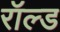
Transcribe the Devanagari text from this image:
रॉल्‍ड